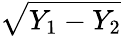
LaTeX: \sqrt{Y_{1}-Y_{2}}